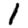
Digit: 1